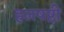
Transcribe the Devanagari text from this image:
हलषष्ठी